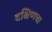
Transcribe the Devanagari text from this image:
दक्षिणचा